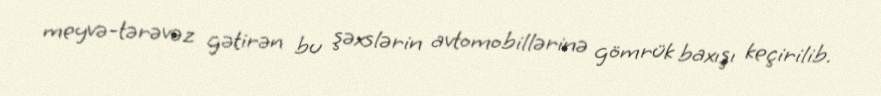
meyvə-tərəvəz gətirən bu şəxslərin avtomobillərinə gömrük baxışı keçirilib.